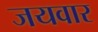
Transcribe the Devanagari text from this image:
जयवार